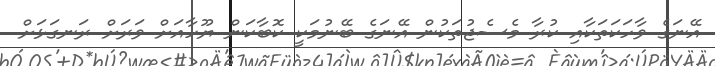
އޭނަގެ ވާހަކަތަކާއި ކުރާ މެސެޖުތަކުން އޭނަގެ ބޭނުމަކީ ކޮބާކަން ޔޫހާއަށް ވަރަށް ރަނގަޅަށް